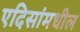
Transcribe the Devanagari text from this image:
एदिसांमधील